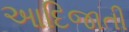
આદિજાતી